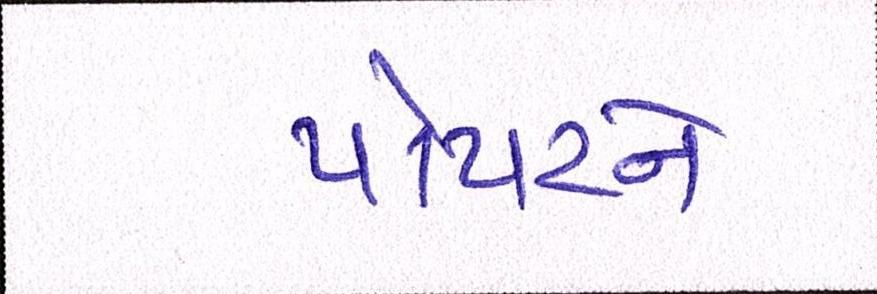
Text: પોપટને